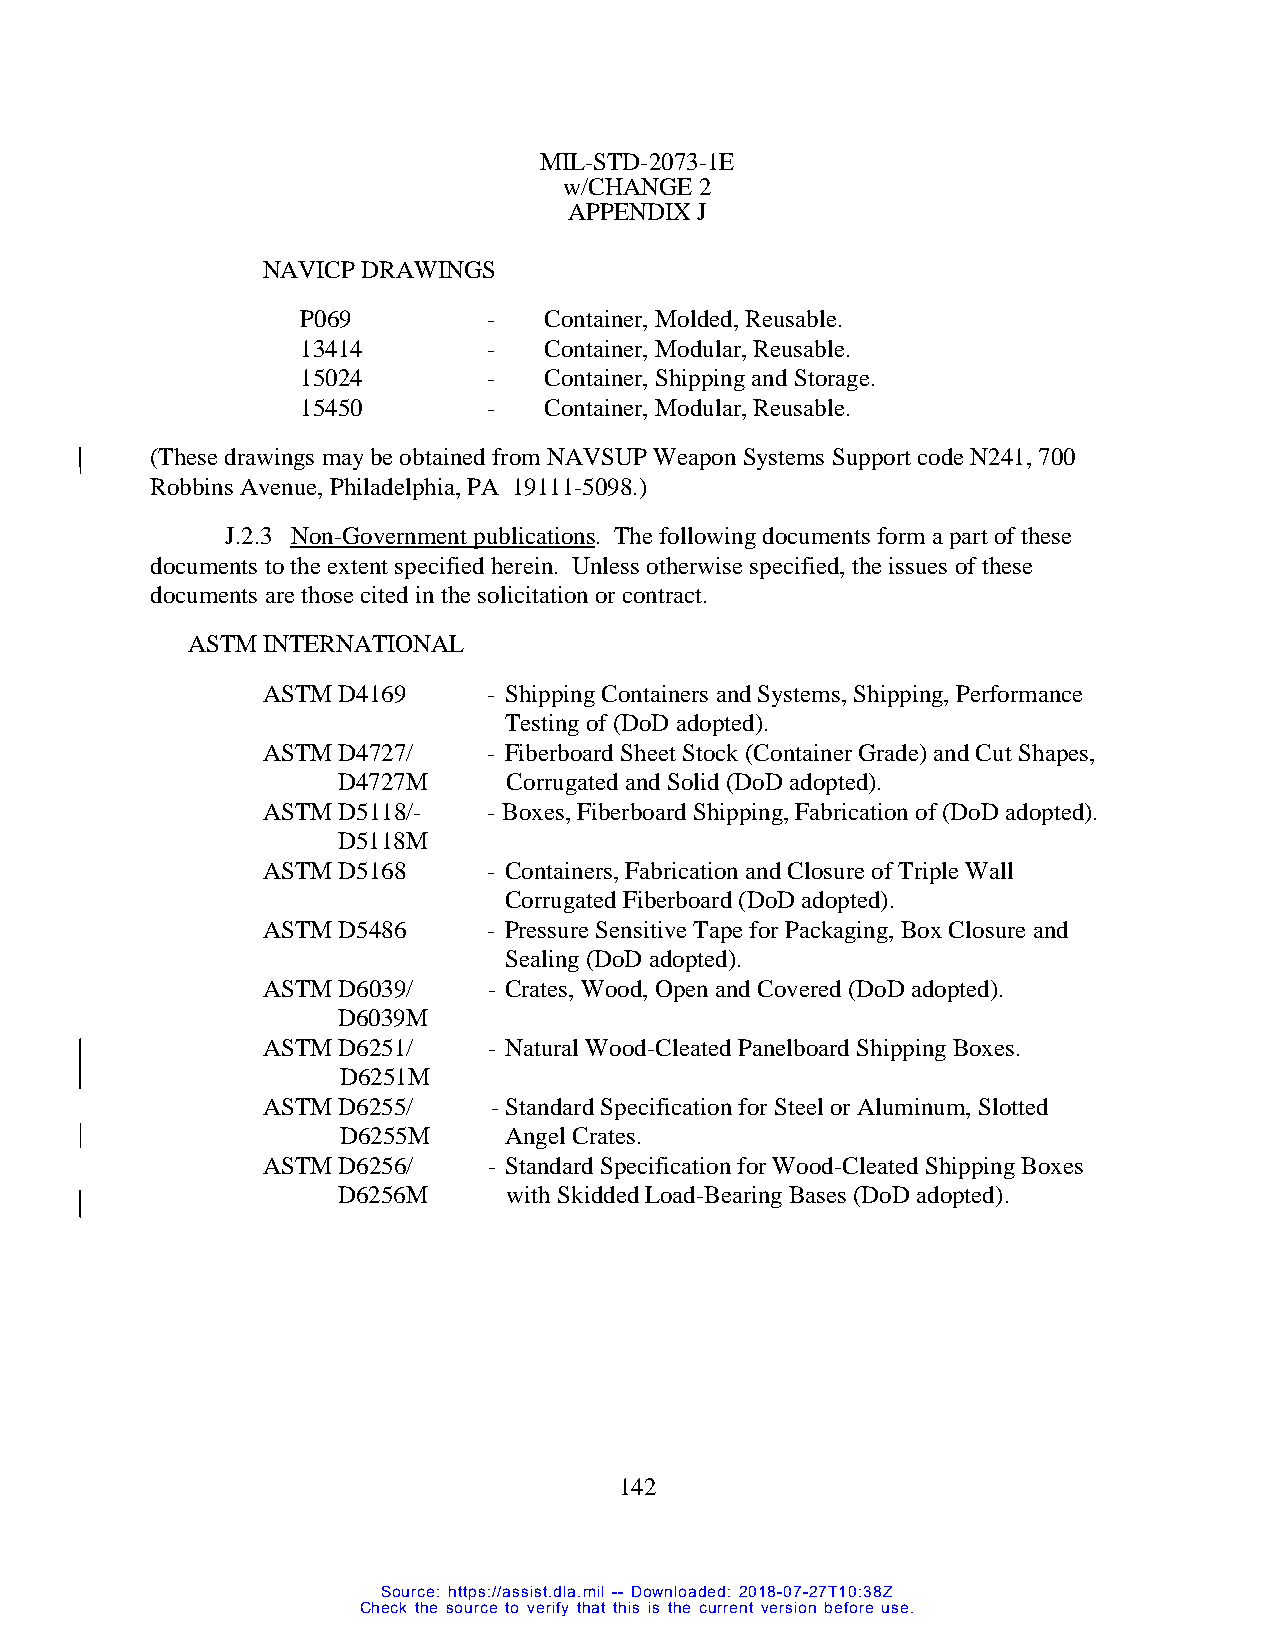
MIL-STD-2073-1E
 w/CHANGE 2
 APPENDIX J
 NAVICP DRAWINGS
 P069        -   Container, Molded, Reusable.
 13414       -   Container, Modular, Reusable.
 15024       -   Container, Shipping and Storage.
 15450       -   Container, Modular, Reusable.
 (These drawings may be obtained from NAVSUP Weapon Systems Support code N241, 700
 Robbins Avenue, Philadelphia, PA 19111-5098.)
 J.2.3 Non-Government publications. The following documents form a part of these
 documents to the extent specified herein. Unless otherwise specified, the issues of these
 documents are those cited in the solicitation or contract.
 ASTM INTERNATIONAL
 ASTM D4169     - Shipping Containers and Systems, Shipping, Performance
 Testing of (DoD adopted).
 ASTM D4727/    - Fiberboard Sheet Stock (Container Grade) and Cut Shapes,
 D4727M      Corrugated and Solid (DoD adopted).
 ASTM D5118/-   - Boxes, Fiberboard Shipping, Fabrication of (DoD adopted).
 D5118M
 ASTM D5168     - Containers, Fabrication and Closure of Triple Wall
 Corrugated Fiberboard (DoD adopted).
 ASTM D5486     - Pressure Sensitive Tape for Packaging, Box Closure and
 Sealing (DoD adopted).
 ASTM D6039/    - Crates, Wood, Open and Covered (DoD adopted).
 D6039M
 ASTM D6251/    - Natural Wood-Cleated Panelboard Shipping Boxes.
 D6251M
 ASTM D6255/    - Standard Specification for Steel or Aluminum, Slotted
 D6255M     Angel Crates.
 ASTM D6256/    - Standard Specification for Wood-Cleated Shipping Boxes
 D6256M      with Skidded Load-Bearing Bases (DoD adopted).
 142
 Source: https://assist.dla.mil -- Downloaded: 2018-07-27T10:38Z
 Check the source to verify that this is the current version before use.